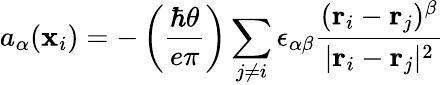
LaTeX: a_{\alpha}({\mathbf x}_{i})=-\left({\frac{\hbar\theta}{e\pi}}\right)\sum_{j\ne i}\epsilon_{\alpha\beta}{\frac{({\mathbf r}_{i}-{\mathbf r}_{j})^{\beta}}{\vert{\mathbf r}_{i}-{\mathbf r}_{j}\vert^{2}}}